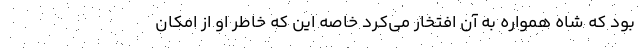
بود که شاه همواره به آن افتخار می‌کرد خاصه این که خاطر او از امکان